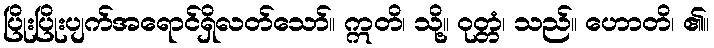
ပြိုးပြိုးပျက်အရောင်ရှိလတ်သော်။ ဣတိ၊ သို့။ ဝုတ္တံ၊ သည်။ ဟောတိ၊ ၏။